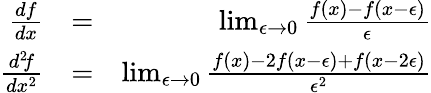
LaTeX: \begin{array}{rlr}{{\frac{df}{dx}}}&{=}&{\operatorname*{lim}_{\epsilon\to 0}{\frac{f(x)-f(x-\epsilon)}{\epsilon}}}\\ {{\frac{d^{2}\! f}{dx^{2}}}}&{=}&{\operatorname*{lim}_{\epsilon\to 0}{\frac{f(x)-2f(x-\epsilon)+f(x-2\epsilon)}{\epsilon^{2}}}}\end{array}